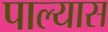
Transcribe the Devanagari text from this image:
पाल्यास